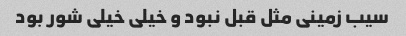
سیب زمینی مثل قبل نبود و خیلی خیلی شور بود